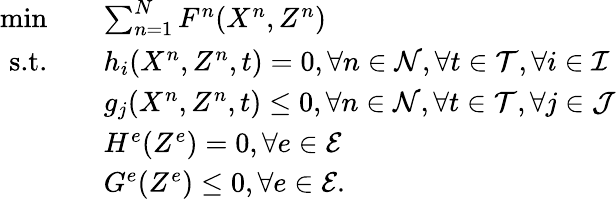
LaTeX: \begin{array}{rl}{\operatorname*{min}\quad}&{\sum_{n=1}^{N}F^{n}(X^{n},Z^{n})}\\ {\textrm{s.t.}\quad}&{h_{i}(X^{n},Z^{n},t)=0,\forall n\in\mathcal{N},\forall t\in\mathcal{T},\forall i\in\mathcal{I}}\\ {\quad}&{g_{j}(X^{n},Z^{n},t)\le 0,\forall n\in\mathcal{N},\forall t\in\mathcal{T},\forall j\in\mathcal{J}}\\ {\quad}&{H^{e}(Z^{e})=0,\forall e\in\mathcal{E}}\\ {\quad}&{G^{e}(Z^{e})\le 0,\forall e\in\mathcal{E}.}\end{array}